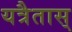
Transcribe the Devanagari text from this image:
यत्रैतास्‌